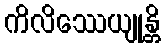
ကိလိဿေယျုန္တိ